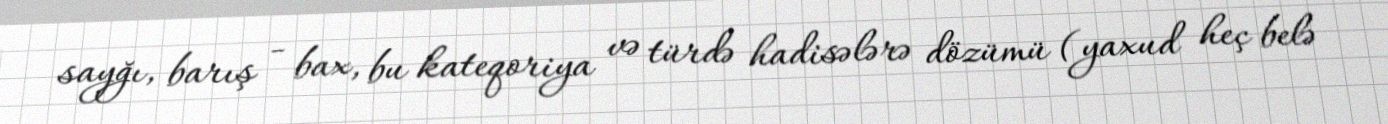
sayğı, barış - bax, bu kateqoriya və türdə hadisələrə dözümü (yaxud heç belə